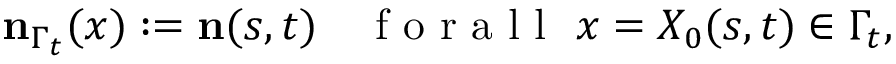
\mathbf { n } _ { \Gamma _ { t } } ( x ) : = \mathbf { n } ( s , t ) \quad \mathrm { ~ f ~ o ~ r ~ a ~ l ~ l ~ } ~ x = X _ { 0 } ( s , t ) \in \Gamma _ { t } ,